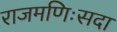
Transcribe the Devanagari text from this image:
राजमणिःसदा